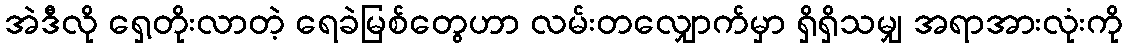
အဲဒီလို ရှေ့တိုးလာတဲ့ ရေခဲမြစ်တွေဟာ လမ်းတလျှောက်မှာ ရှိရှိသမျှ အရာအားလုံးကို